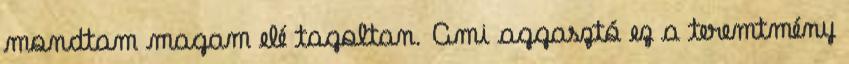
mondtam magam elé tagoltan. Ami aggasztó ez a teremtmény